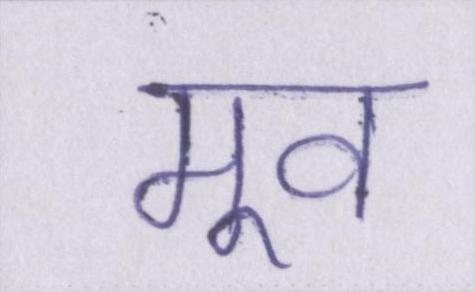
मूव